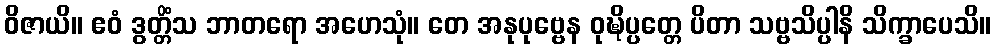
ဝိဇာယိ။ ဧဝံ ဒွတ္တိံသ ဘာတရော အဟေသုံ။ တေ အနုပုဗ္ဗေန ဝုဍ္ဎိပ္ပတ္တေ ပိတာ သဗ္ဗသိပ္ပါနိ သိက္ခာပေသိ။